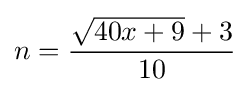
n={\frac {{\sqrt {40x+9}}+3}{10}}